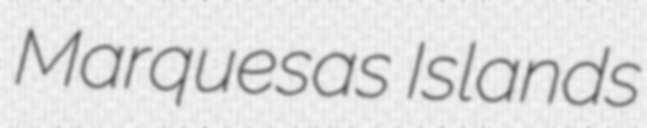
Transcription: Marquesas Islands